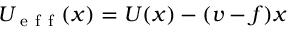
U _ { \mathrm { ~ e ~ f ~ f ~ } } ( x ) = U ( x ) - ( v - f ) x